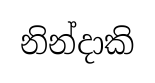
නින්දාකි